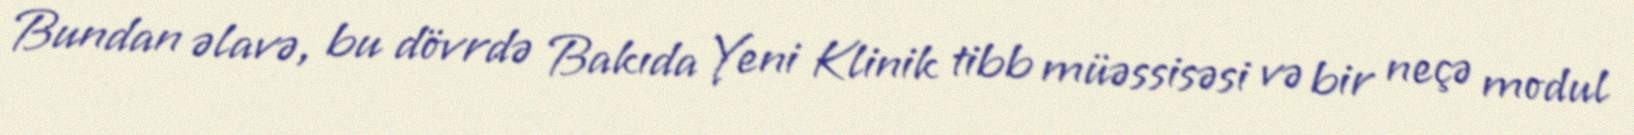
Bundan əlavə, bu dövrdə Bakıda Yeni Klinik tibb müəssisəsi və bir neçə modul